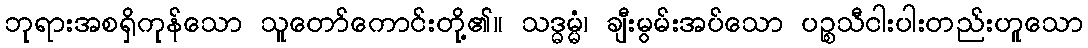
ဘုရားအစရှိကုန်သော သူတော်ကောင်းတို့၏။ သဒ္ဓမ္မံ၊ ချီးမွမ်းအပ်သော ပဉ္စသီငါးပါးတည်းဟူသော